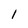
Character: l